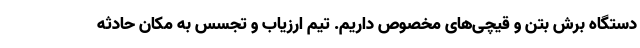
دستگاه برش بتن و قیچی‌های مخصوص داریم. تیم ارزیاب و تجسس به مکان حادثه